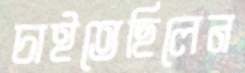
চাইতেছিলেন